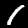
Label: 1